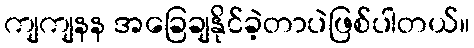
ကျကျနန အခြေချနိုင်ခဲ့တာပဲဖြစ်ပါတယ်။